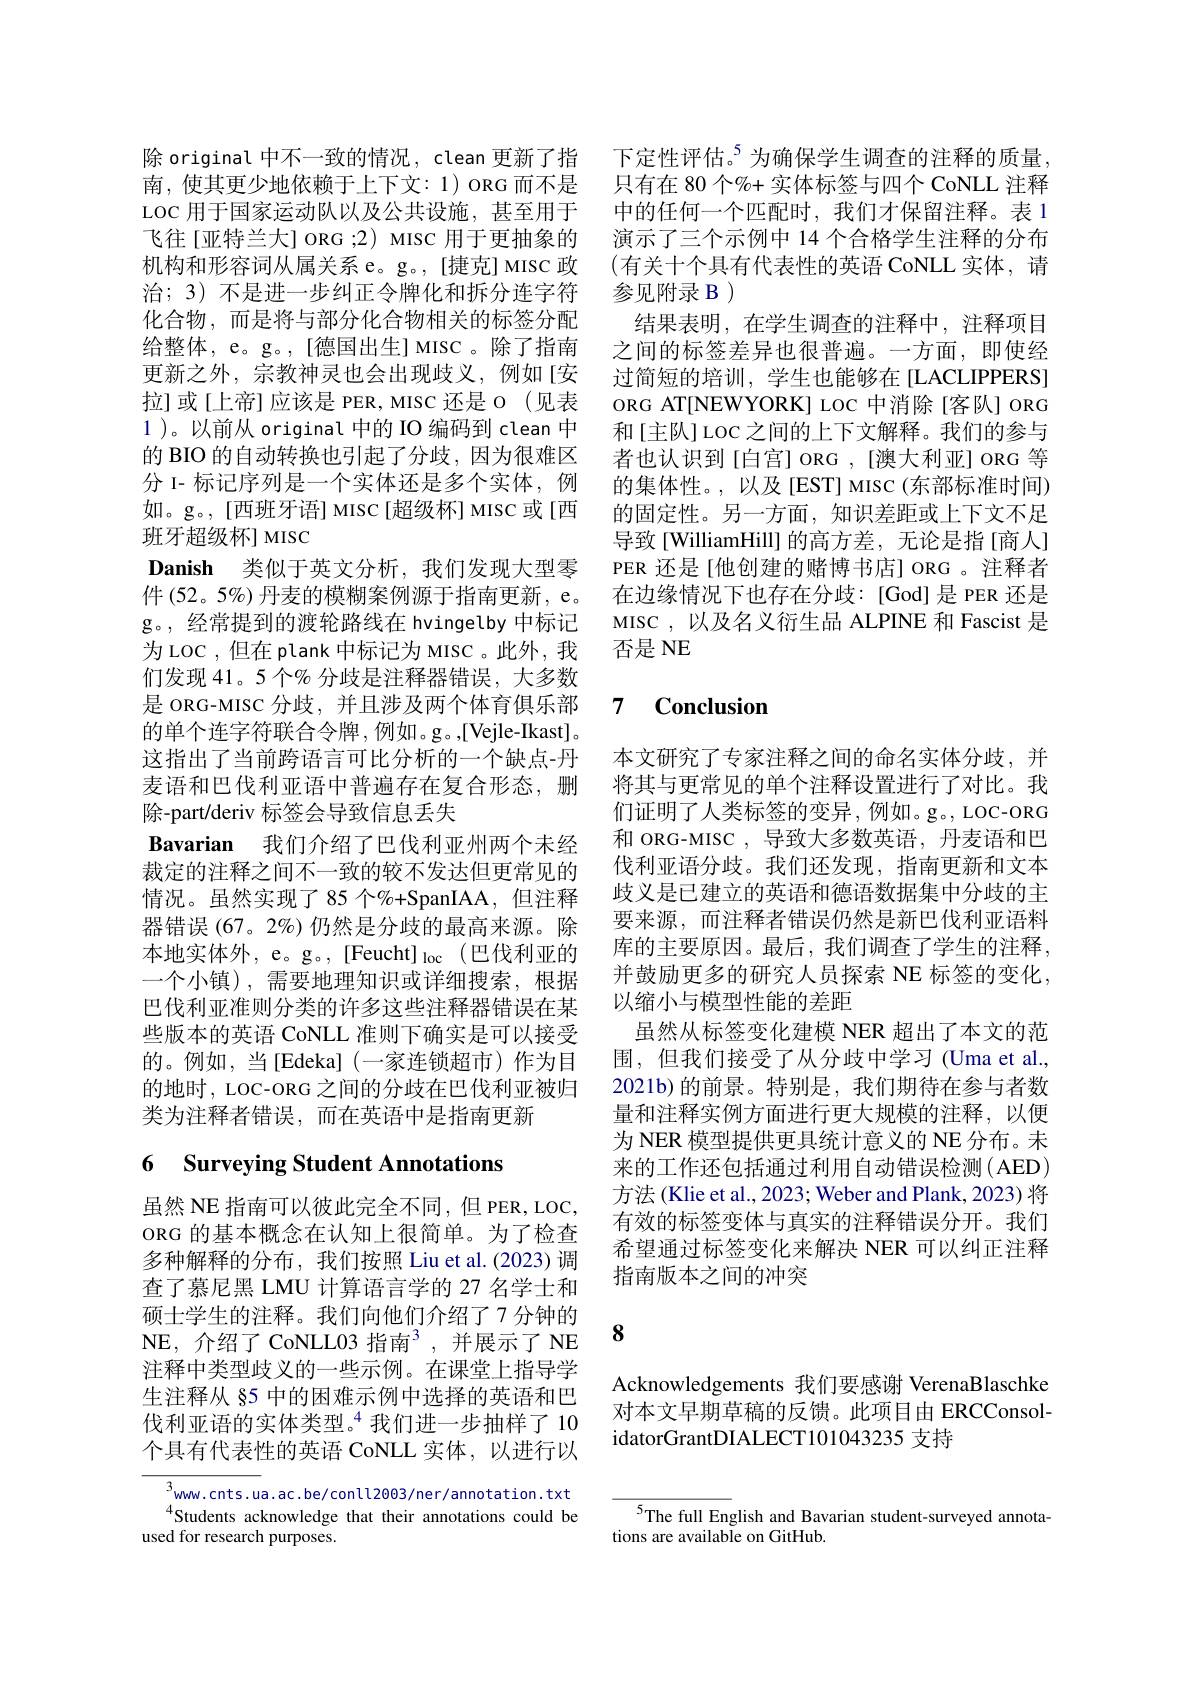
化合物，而是将与部分化合物相关的标签分配给整体，e。g。,[德国出生] MISC 。除了指南更新之外，宗教神灵也会出现歧义，例如[安拉]或[上帝]应该是 PER, MISC 还是 o (见表1 )。以前从 original 中的 IO 编码到 clean 中的 BIO 的自动转换也引起了分歧，因为很难区分 I- 标记序列是一个实体还是多个实体，例如。g。, [西班牙语] MISC[超级杯] MISC 或[西班牙超级杯] MISC
Danish 类似于英文分析，我们发现大型零件 (52。5%) 丹麦的模糊案例源于指南更新，e。g。,经常提到的渡轮路线在 hvingelby 中标记为 LOC , 但在 plank 中标记为 MISC 。此外，我们发现 41。5 个% 分歧是注释器错误，大多数是 ORG-MISC 分歧，并且涉及两个体育俱乐部的单个连字符联合令牌，例如。g。,[Vejle-Ikast]。这指出了当前跨语言可比分析的一个缺点-丹麦语和巴伐利亚语中普遍存在复合形态，删除-part/deriv 标签会导致信息丢失
Bavarian 我们介绍了巴伐利亚州两个未经裁定的注释之间不一致的较不发达但更常见的情况。虽然实现了 85 个%+SpanIAA,但注释器错误 (67。2%) 仍然是分歧的最高来源。除本地实体外，e。g。, [Feucht] loc (巴伐利亚的一个小镇),需要地理知识或详细搜索，根据巴伐利亚准则分类的许多这些注释器错误在某些版本的英语 CoNLL 准则下确实是可以接受的。例如，当[Edeka](一家连锁超市)作为目的地时，LOC-ORG 之间的分歧在巴伐利亚被归类为注释者错误，而在英语中是指南更新

## 6 Surveying Student Annotations

虽然 NE 指南可以彼此完全不同，但 PER, LOC, ORG 的基本概念在认知上很简单。为了检查多种解释的分布，我们按照 Liu et al.(2023)调查了慕尼黑 LMU 计算语言学的 27 名学士和硕士学生的注释。我们向他们介绍了7 分钟的NE,介绍了 CoNLL03 指南$^3$, 并展示了 NE 注释中类型歧义的一些示例。在课堂上指导学生注释从 §5 中的困难示例中选择的英语和巴伐利亚语的实体类型。$^{4}$我们进一步抽样了10个具有代表性的英语 CoNLL 实体，以进行以

$^{3}$ww.cnts.ua.ac.be/conll2003/ner/annotation.txt Students acknowledge that their annotations could be
used for research purposes.

除 original 中不一致的情况，clean 更新了指 下定性评估。$^{5}$为确保学生调查的注释的质量南，使其更少地依赖于上下文：1) ORG 而不是 只有在 80 个%+ 实体标签与四个 CoNLL 注释LOC 用于国家运动队以及公共设施，甚至用于 中的任何一个匹配时，我们才保留注释。表 1飞往 [亚特兰大] ORG ;2) MISC 用于更抽象的 演示了三个示例中 14 个合格学生注释的分布机构和形容词从属关系 e。g。, [捷克] MISC 政 (有关十个具有代表性的英语 CoNLL 实体，请治；3) 不是进一步纠正令牌化和拆分连字符 参见附录 B )
结果表明，在学生调查的注释中，注释项目之间的标签差异也很普遍。一方面，即使经过简短的培训，学生也能够在[LACLIPPERS] ORG AT[NEWYORK] LOC 中消除[客队] ORG 和[主队]LOC之间的上下文解释。我们的参与者也认识到[白宫] ORG , [澳大利亚] ORG 等的集体性。,以及[EST] MISC(东部标准时间) 的固定性。另一方面，知识差距或上下文不足导致[WilliamHill] 的高方差，无论是指[商人] PER 还是[他创建的赌博书店] ORG 。注释者在边缘情况下也存在分歧：[God]是 PER 还是MISC,以及名义衍生品 ALPINE 和 Fascist 是否是NE

### 7 $\textbf{Conclusion}$

本文研究了专家注释之间的命名实体分歧，并将其与更常见的单个注释设置进行了对比。我们证明了人类标签的变异，例如。g。, LOC-ORG 和 ORG-MISC ,导致大多数英语，丹麦语和巴伐利亚语分歧。我们还发现，指南更新和文本歧义是已建立的英语和德语数据集中分歧的主要来源，而注释者错误仍然是新巴伐利亚语料库的主要原因。最后，我们调查了学生的注释， 并鼓励更多的研究人员探索 NE 标签的变化， 以缩小与模型性能的差距
虽然从标签变化建模 NER 超出了本文的范围，但我们接受了从分歧中学习(Uma et al., 2021b)的前景。特别是，我们期待在参与者数量和注释实例方面进行更大规模的注释，以便为 NER 模型提供更具统计意义的 NE 分布。未来的工作还包括通过利用自动错误检测(AED) 方法 (Klie et al., 2023; Weber and Plank, 2023) 将有效的标签变体与真实的注释错误分开。我们希望通过标签变化来解决 NER 可以纠正注释指南版本之间的冲突

8

Acknowledgements 我们要感谢 VerenaBlaschke 对本文早期草稿的反馈。此项目由 ERCConsolidatorGrantDIALECT101043235 支持

$^{5}$The full English and Bavarian student-surveyed annota-
tions are available on GitHub.